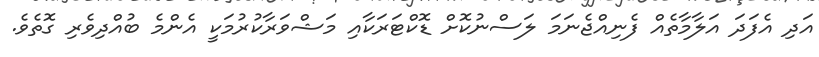
އަދި އެފަދަ އަލާމާތެއް ފެނިއްޖެނަމަ ލަސްނުކޮށް ޑޮކްޓަރަކާއި މަޝްވަރާކުރުމަކީ އެންމެ ބުއްދިވެރި ގޮތެވެ.